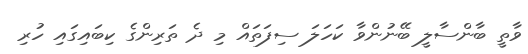
ވާތީ ބާންސާލީ ބޭނުންވާ ކަހަލަ ސިފަތައް މި ދެ ތަރިންގެ ކިބައިގައި ހުރި